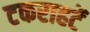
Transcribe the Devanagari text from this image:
टकराहटें